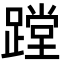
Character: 蹚